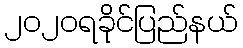
၂၀၂၀ရခိုင်ပြည်နယ်